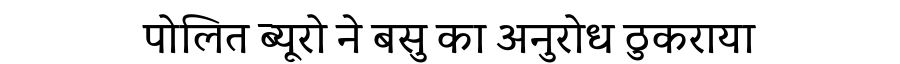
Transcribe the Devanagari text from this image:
पोलित ब्यूरो ने बसु का अनुरोध ठुकराया